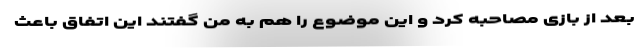
بعد از بازی مصاحبه کرد و این موضوع را هم به من گفتند این اتفاق باعث